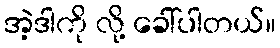
အဲ့ဒါကို လို့ ခေါ်ပါတယ်။